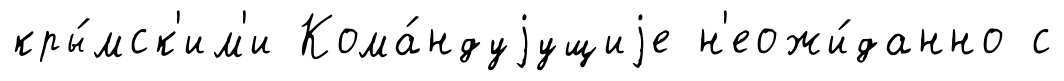
кры́мск'им'и Кома́ндуjущиjе н'еожи́данно с